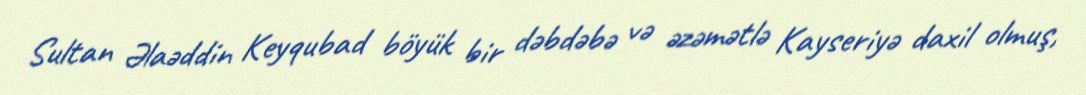
Sultan Əlaəddin Keyqubad böyük bir dəbdəbə və əzəmətlə Kayseriyə daxil olmuş,